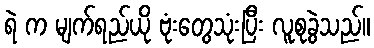
ရဲ က မျက်ရည်ယို ဗုံးတွေသုံးပြီး လူစုခွဲသည်။